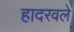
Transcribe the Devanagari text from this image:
हादरवले